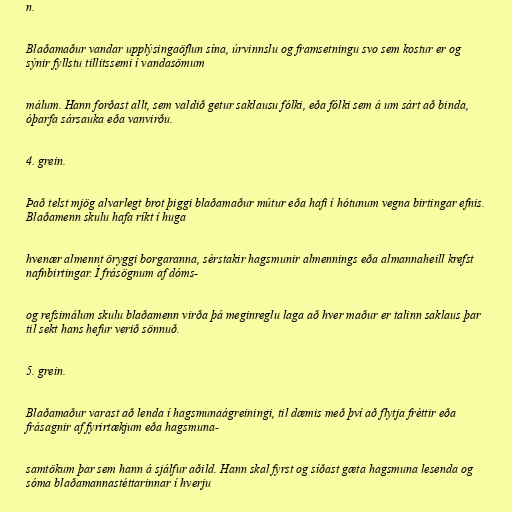
n.

Blaðamaður vandar upplýsingaöflun sína, úrvinnslu og framsetningu svo sem kostur er og
sýnir fyllstu tillitssemi í vandasömum

málum. Hann forðast allt, sem valdið getur saklausu fólki, eða fólki sem á um sárt að binda,
óþarfa sársauka eða vanvirðu.

4. grein.

Það telst mjög alvarlegt brot þiggi blaðamaður mútur eða hafi í hótunum vegna birtingar efnis.
Blaðamenn skulu hafa ríkt í huga

hvenær almennt öryggi borgaranna, sérstakir hagsmunir almennings eða almannaheill krefst
nafnbirtingar. Í frásögnum af dóms-

og refsimálum skulu blaðamenn virða þá meginreglu laga að hver maður er talinn saklaus þar
til sekt hans hefur verið sönnuð.

5. grein.

Blaðamaður varast að lenda í hagsmunaágreiningi, til dæmis með því að flytja fréttir eða
frásagnir af fyrirtækjum eða hagsmuna-

samtökum þar sem hann á sjálfur aðild. Hann skal fyrst og síðast gæta hagsmuna lesenda og
sóma blaðamannastéttarinnar í hverju